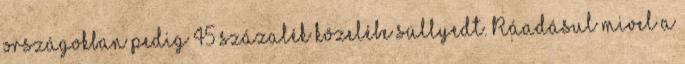
országokban pedig 45 százalék közelébe süllyedt. Ráadásul mivel a